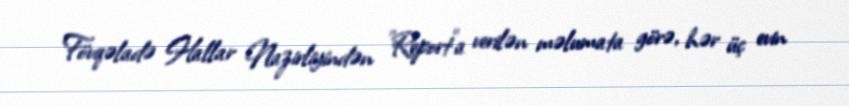
Fövqəladə Hallar Nazirliyindən "Report"a verilən məlumata görə, hər üç evin